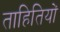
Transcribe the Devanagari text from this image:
ताहितियों